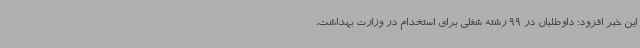
این خبر افزود: داوطلبان در 99 رشته شغلی برای استخدام در وزارت بهداشت،